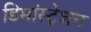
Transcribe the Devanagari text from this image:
डिमांस्ट्रेशन